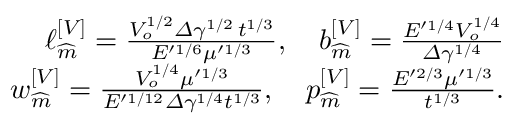
\begin{array} { r } { \ell _ { \widehat { m } } ^ { \left[ V \right] } = \frac { V _ { o } ^ { 1 / 2 } \varDelta \gamma ^ { 1 / 2 } \, t ^ { 1 / 3 } } { E ^ { \prime 1 / 6 } \mu ^ { \prime 1 / 3 } } , \quad b _ { \widehat { m } } ^ { \left[ V \right] } = \frac { E ^ { \prime 1 / 4 } V _ { o } ^ { 1 / 4 } } { \varDelta \gamma ^ { 1 / 4 } } } \\ { w _ { \widehat { m } } ^ { \left[ V \right] } = \frac { V _ { o } ^ { 1 / 4 } \mu ^ { \prime 1 / 3 } } { E ^ { \prime 1 / 1 2 } \varDelta \gamma ^ { 1 / 4 } t ^ { 1 / 3 } } , \quad p _ { \widehat { m } } ^ { \left[ V \right] } = \frac { E ^ { \prime 2 / 3 } \mu ^ { \prime 1 / 3 } } { t ^ { 1 / 3 } } . } \end{array}